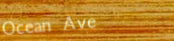
Ocean Ave